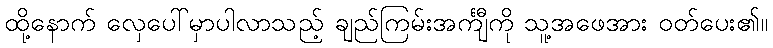
ထို့နောက် လှေပေါ်မှာပါလာသည့် ချည်ကြမ်းအင်္ကျီကို သူ့အဖေအား ဝတ်ပေး၏။